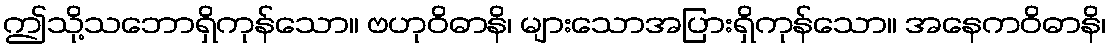
ဤသို့သဘောရှိကုန်သော။ ဗဟုဝိဓာနိ၊ များသောအပြားရှိကုန်သော။ အနေကဝိဓာနိ၊